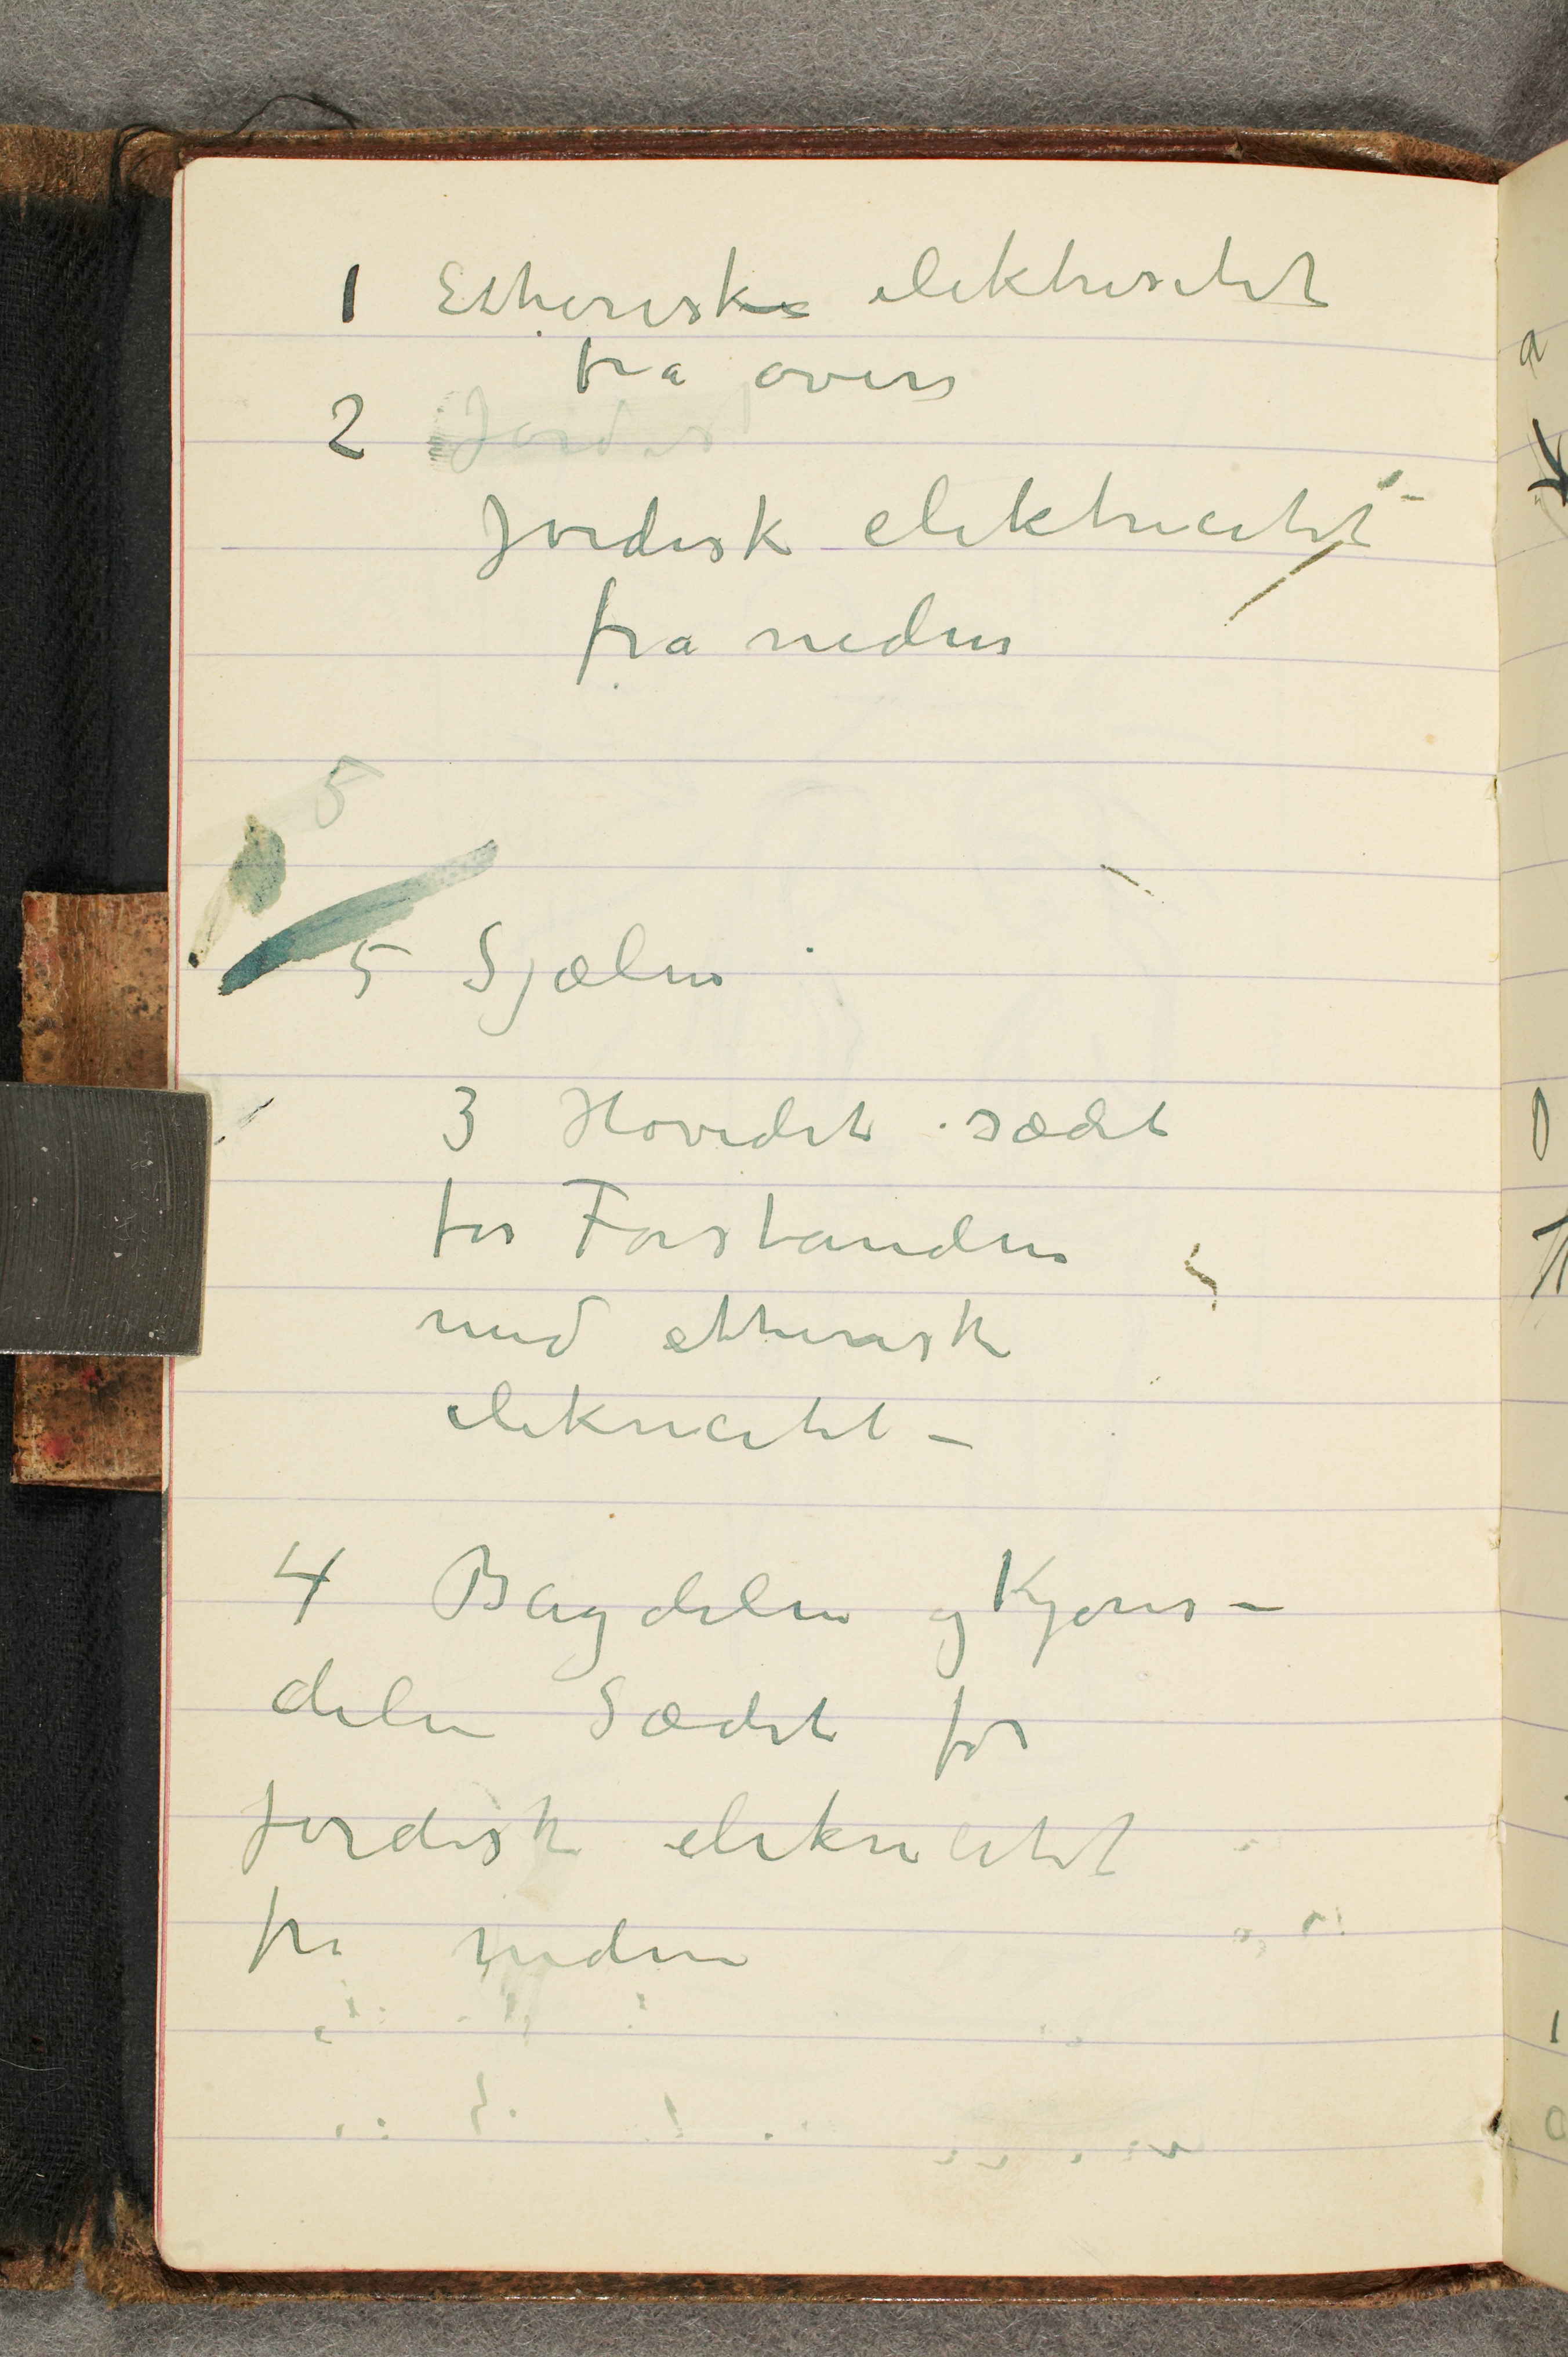
1 Etheriske elektrisitet
fra oven
2 Jordis
Jordisk elektricitet
fra neden
5
5 Sjælen
3 Hovedet – sædet
for Forstanden
med etherisk
elekricitet –
4 Bagdelen og Kjøns-
delen Sædet for
jordisk elekricitet
fra neden